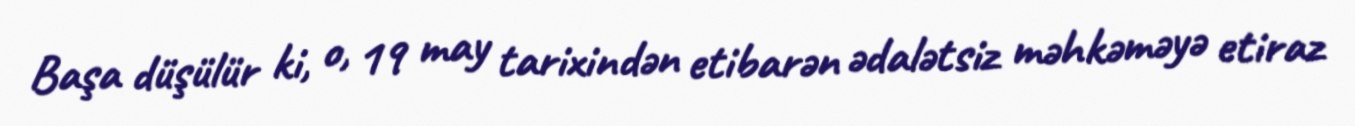
Başa düşülür ki, o, 19 may tarixindən etibarən ədalətsiz məhkəməyə etiraz